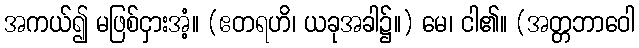
အကယ်၍ မဖြစ်ငှားအံ့။ (ဧတရဟိ၊ ယခုအခါ၌။) မေ၊ ငါ၏။ (အတ္တဘာဝေါ